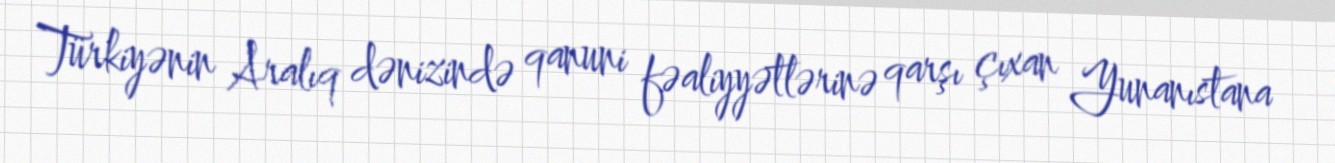
Türkiyənin Aralıq dənizində qanuni fəaliyyətlərinə qarşı çıxan Yunanıstana